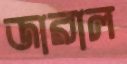
জারাল